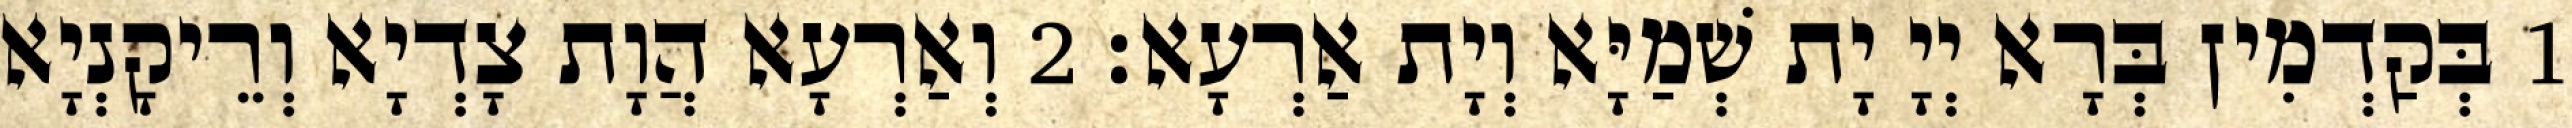
1 בְּקַדְמִין בְּרָא יְיָ יָת שְׁמַיָּא וְיָת אַרְעָא׃ 2 וְאַרְעָא הֲוָת צָדְיָא וְרֵיקָנְיָא